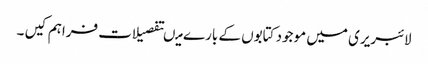
لائبریری میں موجود کتابوں کے بارے میںتفصیلات فراہم کیں ۔